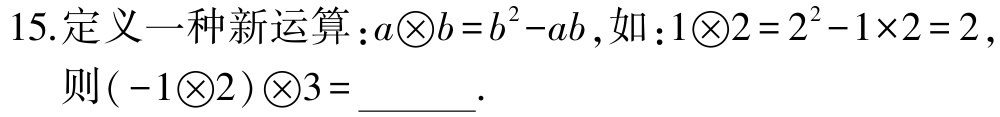
15.定义一种新运算：\(a\bigotimes b = b^{2}-ab\)，如：\(1\bigotimes2 = 2^{2}-1\times2 = 2\)，
则\(( -1\bigotimes2)\bigotimes3 = \_\_\_\_\_\).